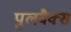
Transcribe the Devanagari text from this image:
पुलबैक्स